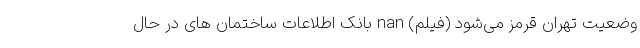
وضعیت تهران قرمز می‌شود (فیلم) nan بانک اطلاعات ساختمان های در حال